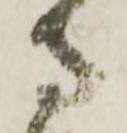
守